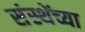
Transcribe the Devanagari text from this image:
संस्थेंच्या